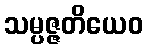
သမ္ပဇ္ဇတိယေဝ